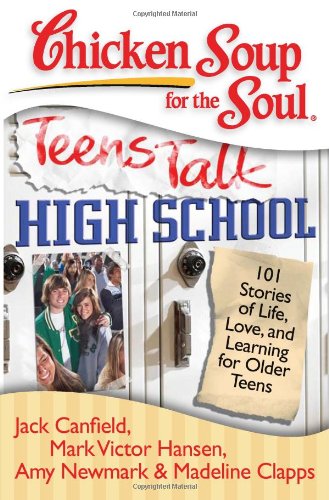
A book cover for Chicken Soup for the Soul: Teens Talk High School: 101 Stories of Life, Love, and Learning for Older Teens; Jack Canfield; Teen & Young Adult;